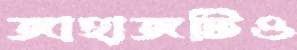
জাহাজটিও